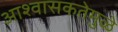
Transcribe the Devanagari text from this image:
आश्वासकतेमुळे